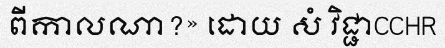
ពីកាលណា?» ដោយ សំ វិជ្ជាCCHR